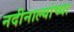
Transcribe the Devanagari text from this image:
नदीनाल्यांच्या